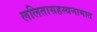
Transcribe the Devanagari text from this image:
ललितासहस्त्रनामात